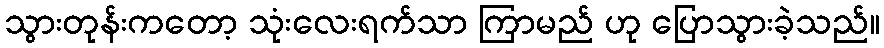
သွားတုန်းကတော့ သုံးလေးရက်သာ ကြာမည် ဟု ပြောသွားခဲ့သည်။